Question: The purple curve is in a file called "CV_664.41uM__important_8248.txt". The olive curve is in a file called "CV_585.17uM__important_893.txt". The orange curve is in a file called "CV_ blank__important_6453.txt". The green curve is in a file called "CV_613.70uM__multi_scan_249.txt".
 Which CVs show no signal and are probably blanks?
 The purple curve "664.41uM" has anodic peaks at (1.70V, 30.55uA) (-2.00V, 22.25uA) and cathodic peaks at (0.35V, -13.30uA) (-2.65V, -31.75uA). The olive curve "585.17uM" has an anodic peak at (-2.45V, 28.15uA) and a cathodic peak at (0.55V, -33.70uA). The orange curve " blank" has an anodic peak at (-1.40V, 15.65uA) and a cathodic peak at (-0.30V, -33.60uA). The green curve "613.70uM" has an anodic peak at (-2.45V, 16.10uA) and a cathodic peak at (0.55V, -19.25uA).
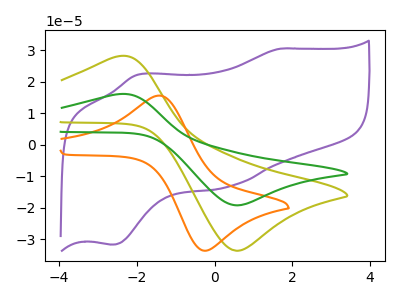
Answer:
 <answer>There are not any CV's on this graph that are likely to be blanks.</answer>
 <eval>none</eval>